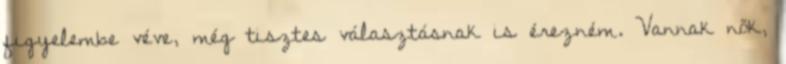
figyelembe véve, még tisztes választásnak is érezném. Vannak nők,